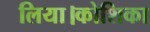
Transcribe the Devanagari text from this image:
लिया।कोशिका